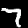
Label: 7